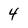
Character: 4